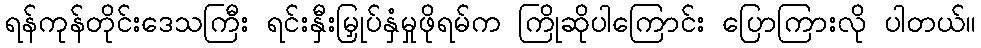
ရန်ကုန်တိုင်းဒေသကြီး ရင်းနှီးမြှုပ်နှံမှုဖိုရမ်က ကြိုဆိုပါကြောင်း ပြောကြားလို ပါတယ်။